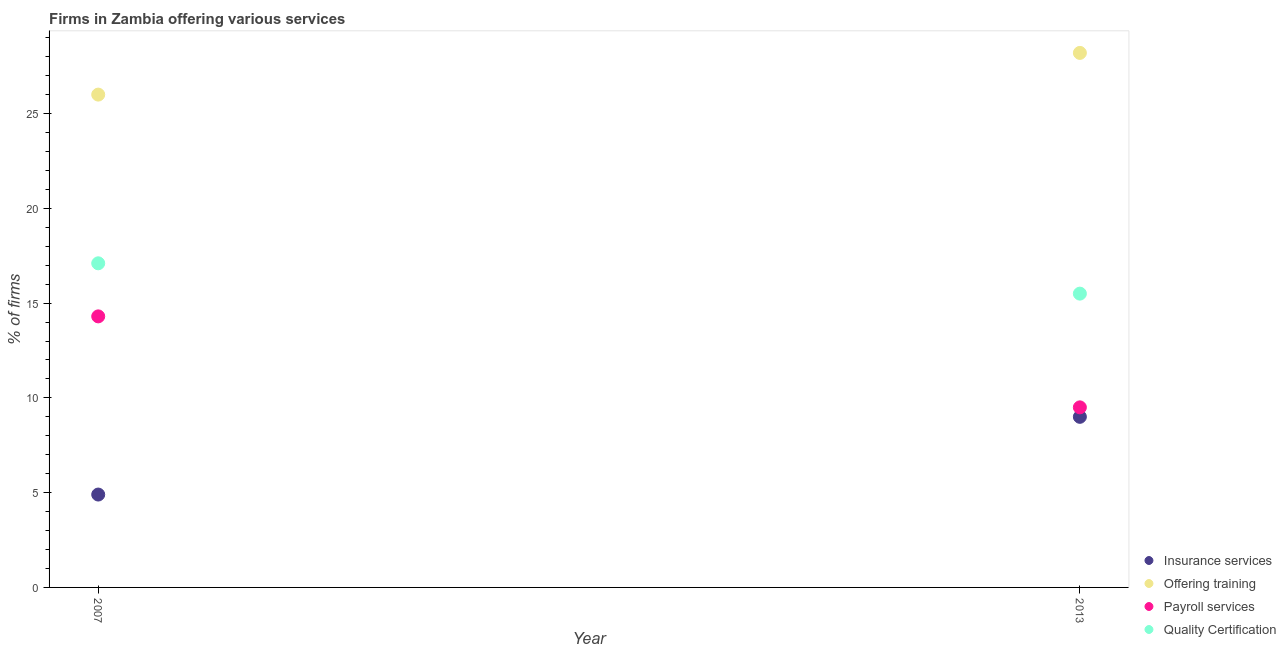
| Year | Insurance services | Offering training | Payroll services | Quality Certification |
 | --- | --- | --- | --- | --- |
 | 2007 | 4.9 | 26 | 14.3 | 17.1 |
 | 2013 | 9 | 28.2 | 9.5 | 15.5 |